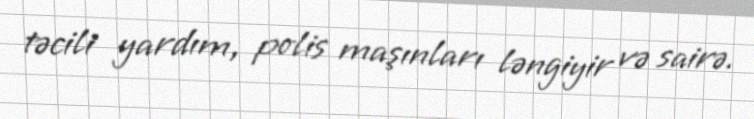
təcili yardım, polis maşınları ləngiyir və sairə.